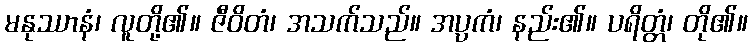
မနုဿာနံ၊ လူတို့၏။ ဇီဝိတံ၊ အသက်သည်။ အပ္ပကံ၊ နည်း၏။ ပရိတ္တံ၊ တို၏။